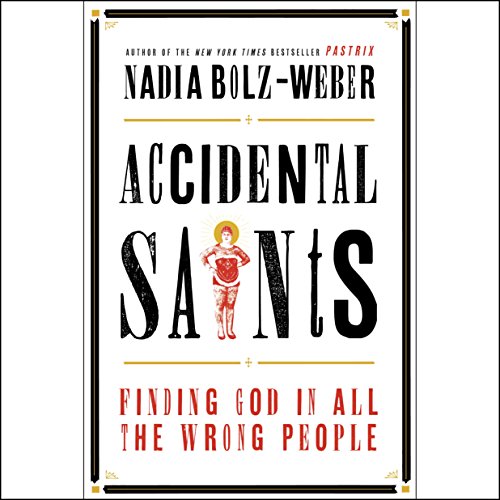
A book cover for Accidental Saints: Finding God in All the Wrong People; Nadia Bolz-Weber; Christian Books & Bibles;